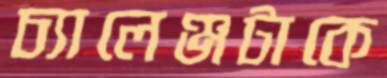
চ্যালেঞ্জটাকে